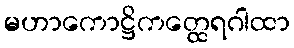
မဟာကောဋ္ဌိကတ္ထေရဂါထာ